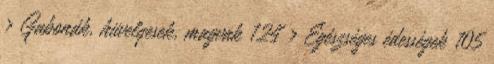
› Gabonák, hüvelyesek, magvak 124 › Egészséges édességek 105